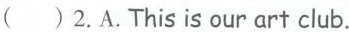
()2.A. This is our art club.